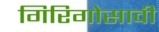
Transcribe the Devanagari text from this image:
गिरिगोसावी